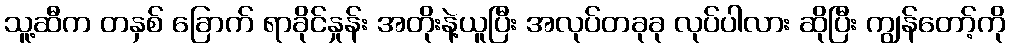
သူ့ဆီက တနှစ် ခြောက် ရာခိုင်နှုန်း အတိုးနဲ့ယူပြီး အလုပ်တခုခု လုပ်ပါလား ဆိုပြီး ကျွန်တော့်ကို